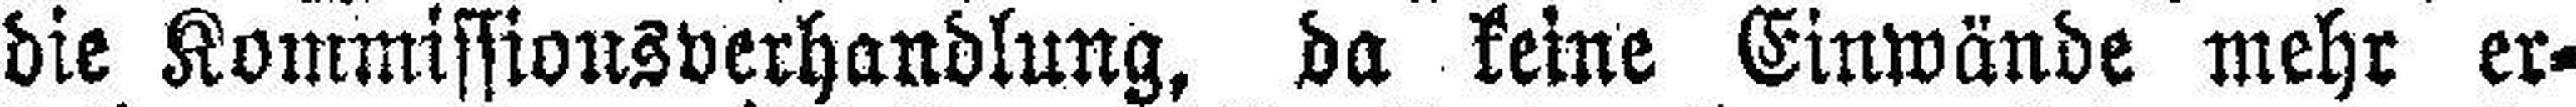
die Kommissionsverhandlung, da keine Einwände mehr er¬